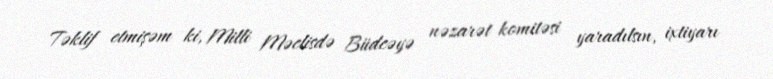
Təklif etmişəm ki, Milli Məclisdə Büdcəyə nəzarət komitəsi yaradılsın, ixtiyarı